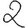
Digit: 2